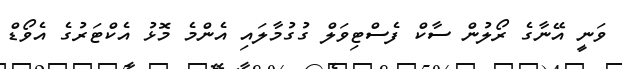
ވަނީ އޭނާގެ ރޯލުން ސާކް ފެސްޓިވަލް ގުގުމާލައި އެންމެ މޮޅު އެކްޓަރުގެ އެވޯޑް